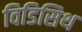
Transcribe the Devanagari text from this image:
विडिसिथ